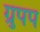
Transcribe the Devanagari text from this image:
ग्रुपप